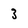
Character: 3